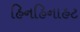
હિનહિનાહટ